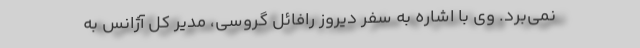
نمی‌برد. وی با اشاره به سفر دیروز رافائل گروسی، مدیر کل آژانس به